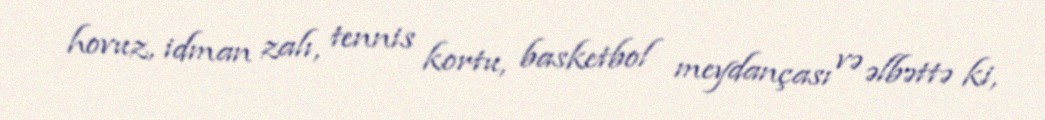
hovuz, idman zalı, tennis kortu, basketbol meydançası və əlbəttə ki,